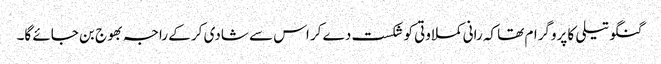
گنگو تیلی کا پروگرام تھا کہ رانی کملاوتی کو شکست دے کر اس سے شادی کر کے راجہ بھوج بن جائے گا۔